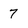
Character: 7